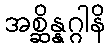
အစ္ဆိန္နဂ္ဂါနိ